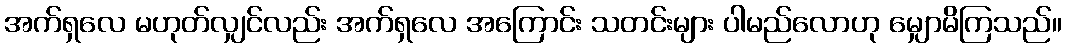
အက်ရှလေ မဟုတ်လျှင်လည်း အက်ရှလေ အကြောင်း သတင်းများ ပါမည်လောဟု မျှောမိကြသည်။